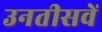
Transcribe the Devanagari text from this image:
उनतीसवें